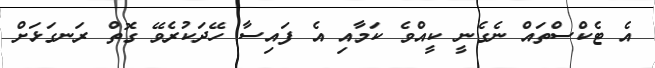
އެ ޓެކްސްތައް ނެގެނީ ކީއްވެ ކަމާއި އެ ފައިސާ ހޭދަކުރެވޭ ގޮތް ރަނގަޅަށް